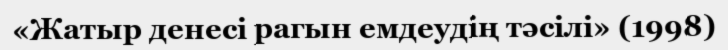
«Жатыр денесі рагын емдеудің тәсілі» (1998)